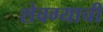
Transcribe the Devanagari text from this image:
शेवग्याची